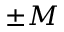
\pm M